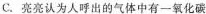
C.亮亮认为人呼出的气体中有一氧化碳